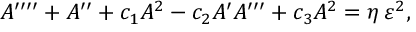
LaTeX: A ^ { \prime \prime \prime \prime } + A ^ { \prime \prime } + { c } _ { 1 } A ^ { 2 } - { c } _ { 2 } A ^ { \prime } A ^ { \prime \prime \prime } + { c } _ { 3 } A ^ { 2 } = \eta \, \varepsilon ^ { 2 } ,